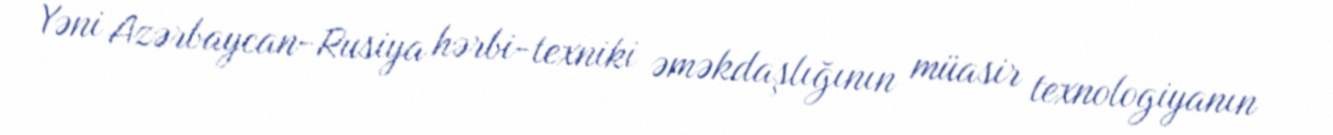
Yəni Azərbaycan-Rusiya hərbi-texniki əməkdaşlığının müasir texnologiyanın